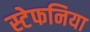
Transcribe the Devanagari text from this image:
स्टेफनिया